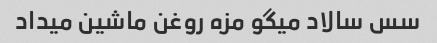
سس سالاد میگو مزه روغن ماشین میداد